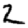
Digit: 2